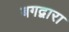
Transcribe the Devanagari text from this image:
बगद्वारा